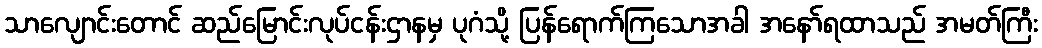
သာလျောင်းတောင် ဆည်မြောင်းလုပ်ငန်းဌာနမှ ပုဂံသို့ ပြန်ရောက်ကြသောအခါ အနော်ရထာသည် အမတ်ကြီး